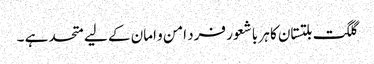
گلگت بلتستان کا ہر با شعور فرد امن و امان کے لیے متحد ہے ۔